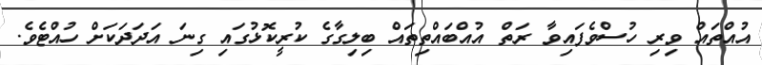
އުއްތައް ވިރި ހުސްވެފައިވާ ރަތް އުއްބައްތިތައް ބިލިގާގެ ކުރީކޮޅުގައި ގިނަ އަދަދަކަށް ހުއްޓެވެ.